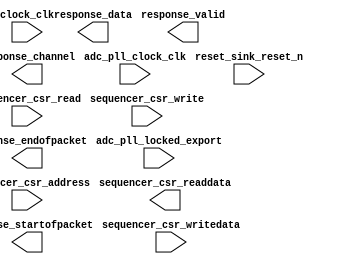

module adc1 (
	clock_clk,
	reset_sink_reset_n,
	adc_pll_clock_clk,
	adc_pll_locked_export,
	sequencer_csr_address,
	sequencer_csr_read,
	sequencer_csr_write,
	sequencer_csr_writedata,
	sequencer_csr_readdata,
	response_valid,
	response_channel,
	response_data,
	response_startofpacket,
	response_endofpacket);	

	input		clock_clk;
	input		reset_sink_reset_n;
	input		adc_pll_clock_clk;
	input		adc_pll_locked_export;
	input		sequencer_csr_address;
	input		sequencer_csr_read;
	input		sequencer_csr_write;
	input	[31:0]	sequencer_csr_writedata;
	output	[31:0]	sequencer_csr_readdata;
	output		response_valid;
	output	[4:0]	response_channel;
	output	[11:0]	response_data;
	output		response_startofpacket;
	output		response_endofpacket;
endmodule